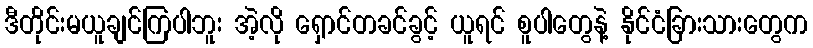
ဒီတိုင်းမယူချင်ကြပါဘူး အဲ့လို ရှောင်တခင်ခွင့် ယူရင် စူပါတွေနဲ့ နိုင်ငံခြားသားတွေက